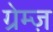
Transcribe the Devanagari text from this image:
ग्रेम्ज़